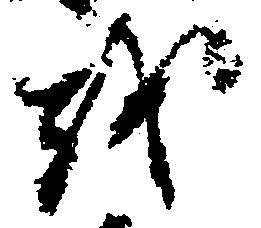
を